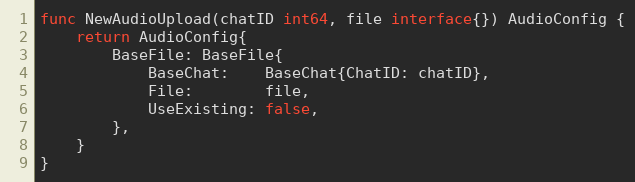
Language: Go
func NewAudioUpload(chatID int64, file interface{}) AudioConfig {
	return AudioConfig{
		BaseFile: BaseFile{
			BaseChat:    BaseChat{ChatID: chatID},
			File:        file,
			UseExisting: false,
		},
	}
}